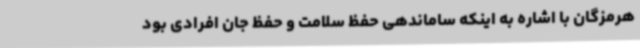
هرمزگان با اشاره به اینکه ساماندهی حفظ سلامت و حفظ جان افرادی بود